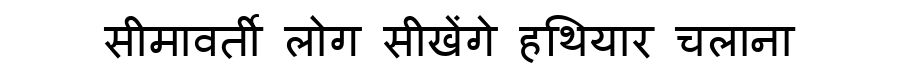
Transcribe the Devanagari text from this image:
सीमावर्ती लोग सीखेंगे हथियार चलाना